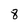
Character: 8